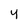
Character: y